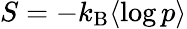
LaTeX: S=-k_{\mathrm{B}}\langle\log p\rangle